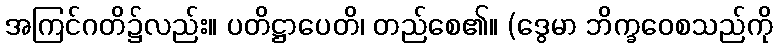
အကြင်ဂတိ၌လည်း။ ပတိဋ္ဌာပေတိ၊ တည်စေ၏။ (ဒွေမာ ဘိက္ခဝေစသည်ကို